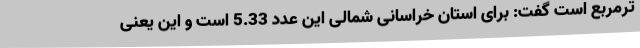
ترمربع است گفت: برای استان خراسانی شمالی این عدد 5.33 است و این یعنی